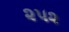
૨૫૨